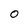
Character: O